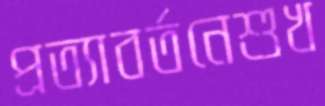
প্রত্যাবর্তনেশুখ